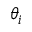
\theta _ { i }